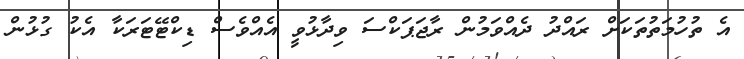
އެ ތުހުމަތުތަކަށް ރައްދު ދެއްވަމުން ރާޖަޕަކްސަ ވިދާޅުވީ އެއްވެސް ޑިކްޓޭޓަރަކާ އެކު ގުޅުން